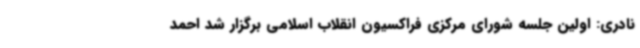
نادری: اولین جلسه شورای مرکزی فراکسیون انقلاب اسلامی برگزار شد احمد